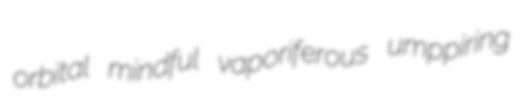
orbital mindful vaporiferous umppiring